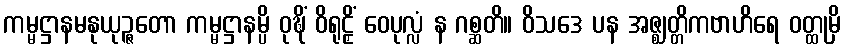
ကမ္မဋ္ဌာနမနုယုဉ္ဇတော ကမ္မဋ္ဌာနမ္ပိ ဝုဍ္ဎိံ ဝိရုဠှိံ ဝေပုလ္လံ န ဂစ္ဆတိ။ ဝိသဒေ ပန အဇ္ဈတ္တိကဗာဟိရေ ဝတ္ထုမှိ